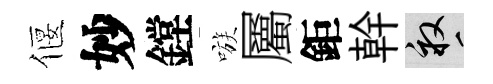
偃妙鏜嗾屬鉅幹畝